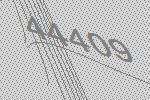
44409